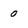
Character: 0